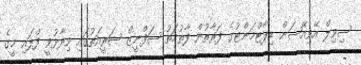
ސިވިލް އޭވިއޭޝަން ޑިޕާޓްމަންޓުގެ ފަރާތުން ފާތުމަތު ޝަފްނީޒް ޝަރީއަތުގައި ވިދާޅުވީ ފްލައި މީގެ